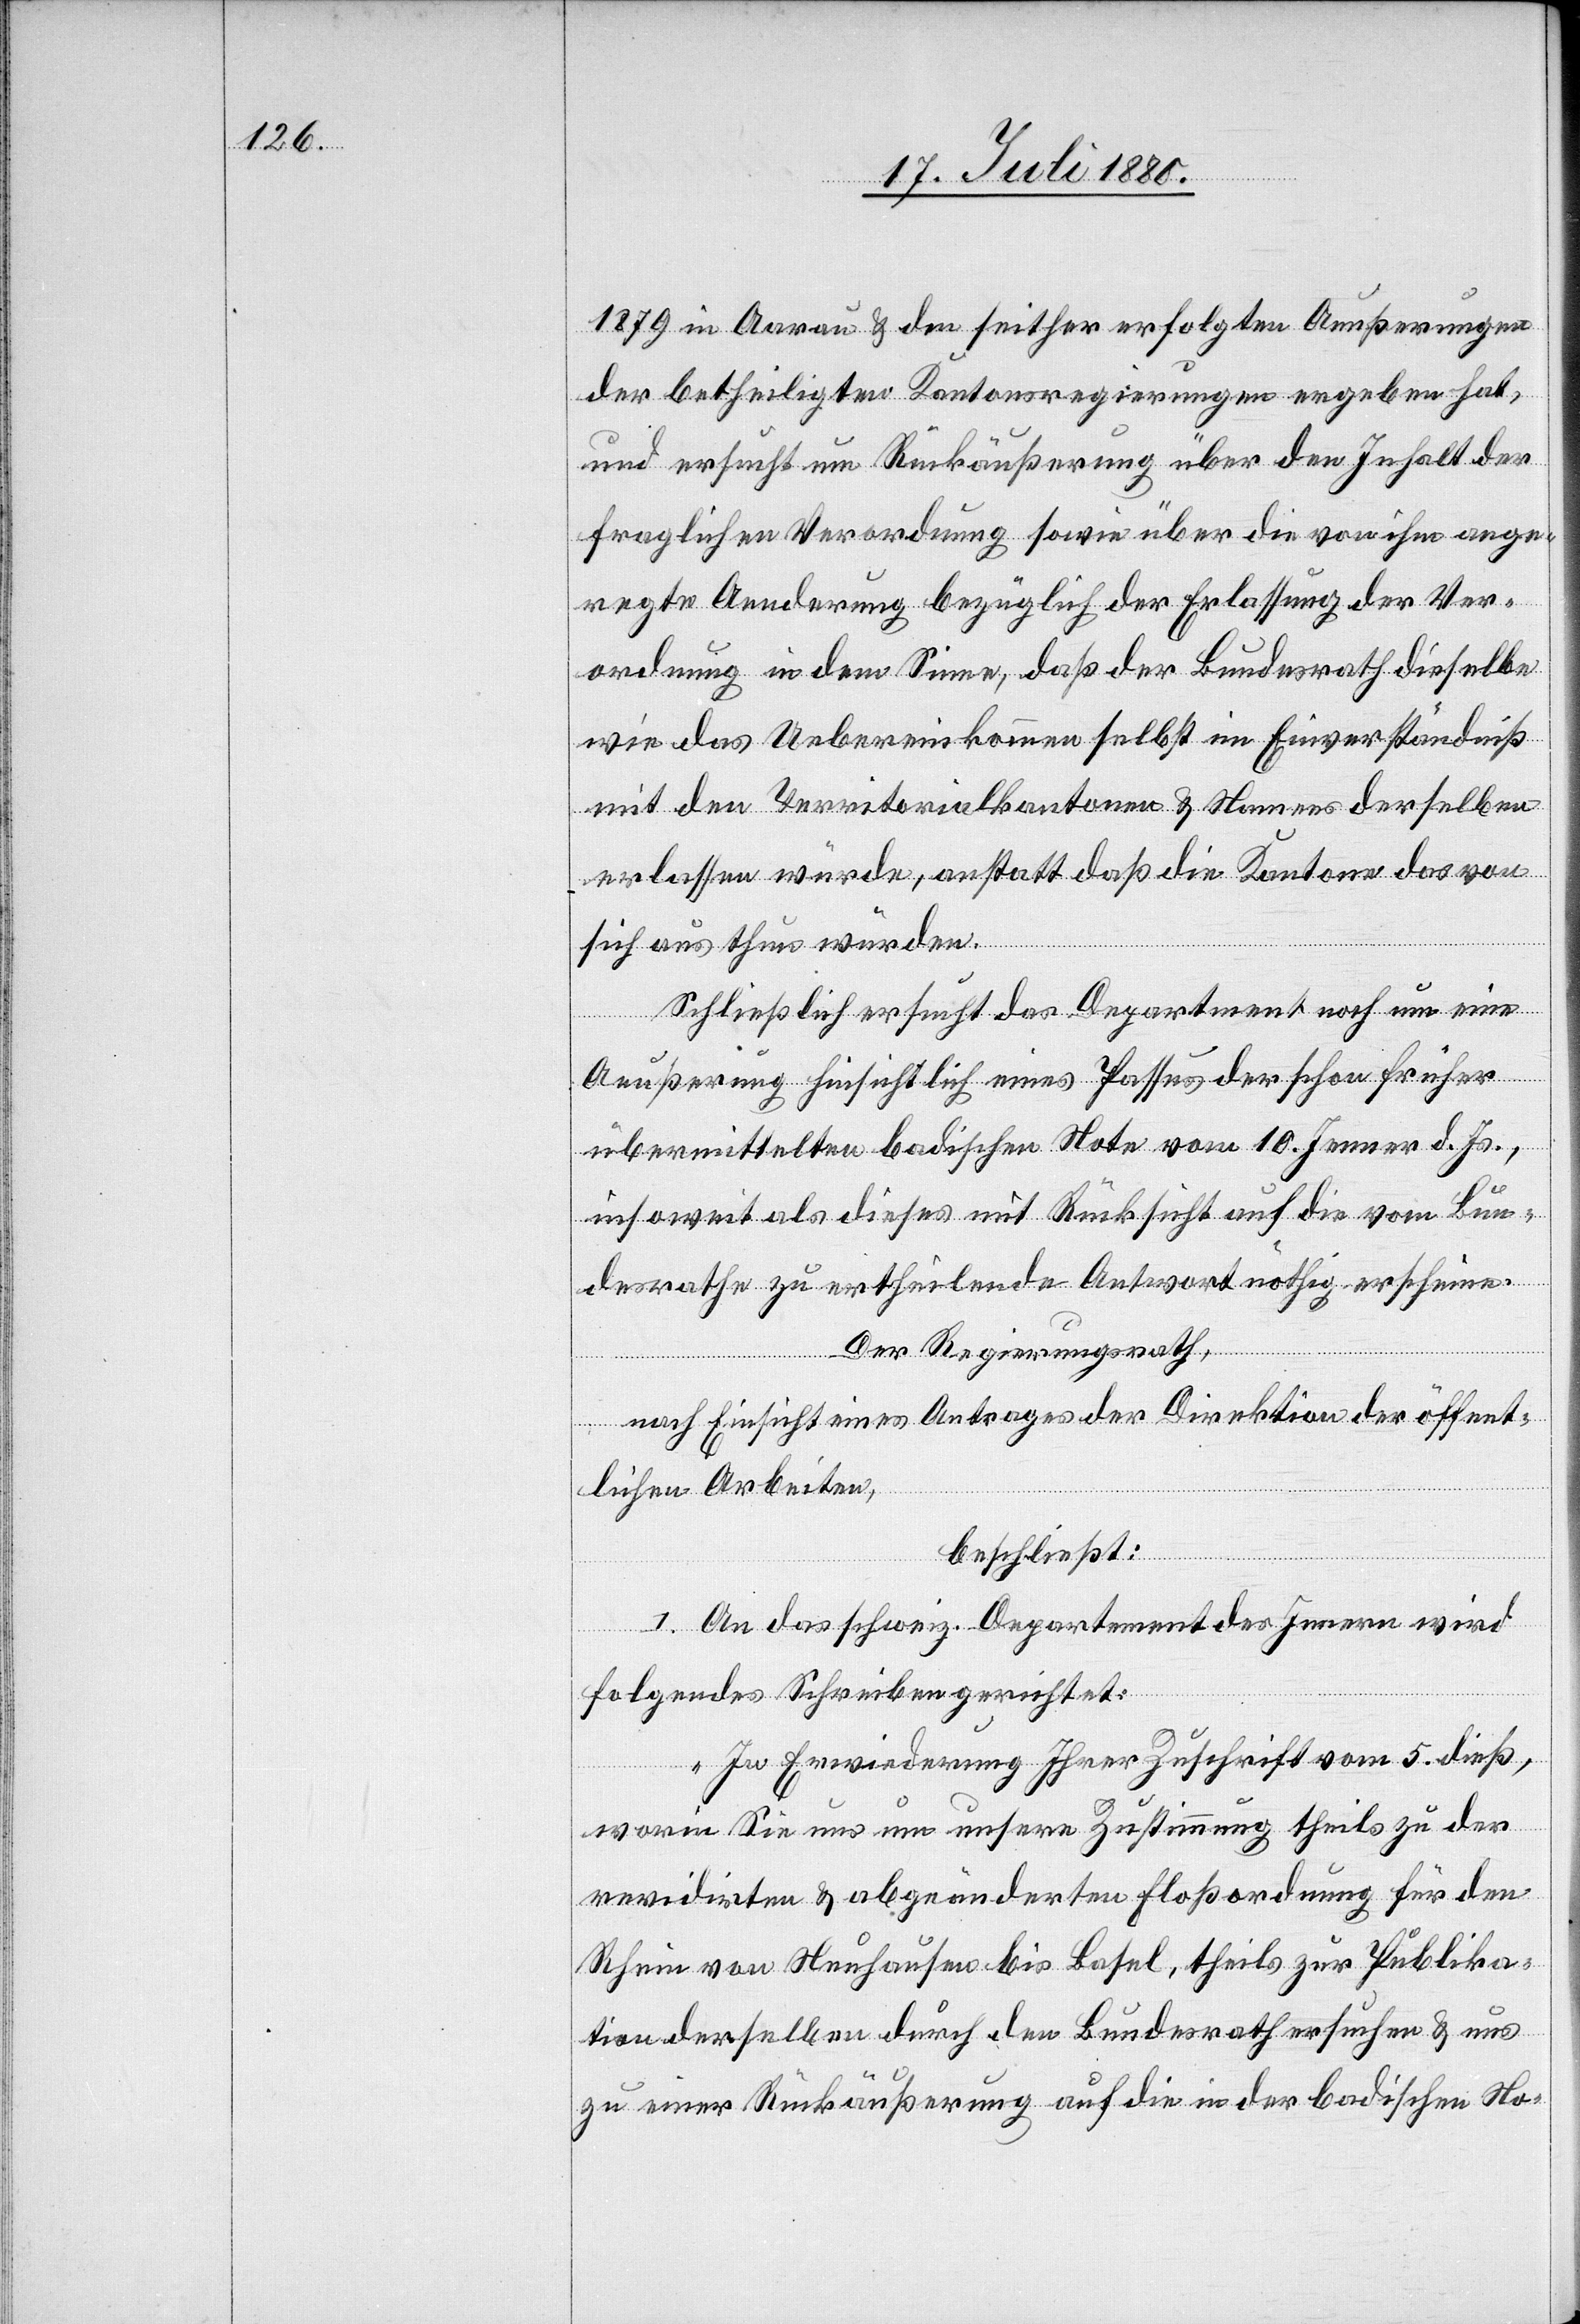
1879 in Aarau & den seither erfolgen Aeußerungen
der betheiligten Kantonsregierungen ergeben hat,
und ersucht um Rückäußerung über den Inhalt der
fraglichen Verordnung sowie über die von ihm ange¬
regte Aenderung bezüglich der Erlassung der Ver¬
ordnung in dem Sinne, daß der Bundesrath dieselbe
wie das Uebereinkommen selbst im Einverständniß
mit den Territorialkanonen & Namens derselben
erlassen würde, anstatt daß die Kantone das von
sich aus thun würden.
Schließlich ersucht das Department noch um eine
Aeußerung hinsichtlich eines Passus der schon früher
übermittelten badischen Note vom 10. Jenner d. Js.,
insoweit als dieses mit Rücksicht auf die vom Bun¬
desrathe zu ertheilende Antwort nöthig erscheine.
Der Regierungsrath,
nach Einsicht eines Antrages der Direktion der öffent¬
lichen Arbeiten,
beschließt:
1. An das schweiz. Departement des Innern wird
folgendes Schreiben gerichtet:
„In Erwiederung Ihrer Zuschrift vom 5. dieß,
worin Sie uns um unsere Zustimmung theils zu der
revidirten & abgeänderten Floßordnung für den
Rhein von Neuhausen bis Basel, theils zur Publika¬
tion derselben durch den Bundesrath ersuchen & uns
zu einer Rückäußerung auf die in der badischen No-